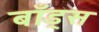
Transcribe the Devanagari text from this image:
बाँड्स